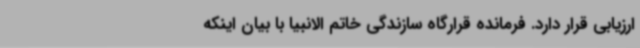
ارزیابی قرار دارد. فرمانده قرارگاه سازندگی خاتم الانبیا با بیان اینکه